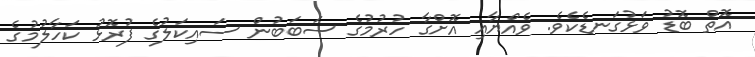
އޮތް ބޮޑު ވަޅުގަނޑެކެވެ. ވެއްޔާއި އޮށްގާ ހުރުމުގެ ސަބަބުން ސައިކަލުގެ ފުރޮޅު ކަހާލުމުގެ